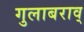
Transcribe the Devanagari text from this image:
गुलाबराव्